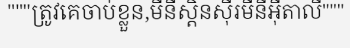
"""ត្រូវគេចាប់ខ្លួន,មីនីស្តិនស៊ឺរមីនីអ៊ីតាលី"""